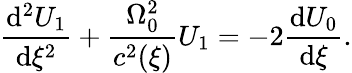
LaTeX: \frac{\mathrm{d}^{2}U_{1}}{\mathrm{d}\xi^{2}}+\frac{\Omega_{0}^{2}}{c^{2}(\xi)}U_{1}=-2\frac{\mathrm{d}U_{0}}{\mathrm{d}\xi}.